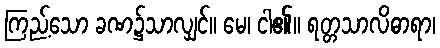
ကြည့်သော ခဏ၌သာလျှင်။ မေ၊ ငါ၏။ ရတ္တသာလိဓာရာ၊